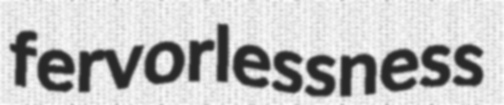
fervorlessness